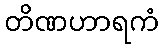
တိဏဟာရကံ